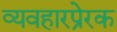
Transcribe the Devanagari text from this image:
व्यवहारप्रेरक